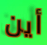
أين